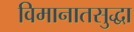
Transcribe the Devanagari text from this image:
विमानातसुद्धा